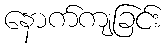
နောက်ကျခြင်း